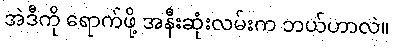
အဲဒီကို ရောက်ဖို့ အနီးဆုံးလမ်းက ဘယ်ဟာလဲ။